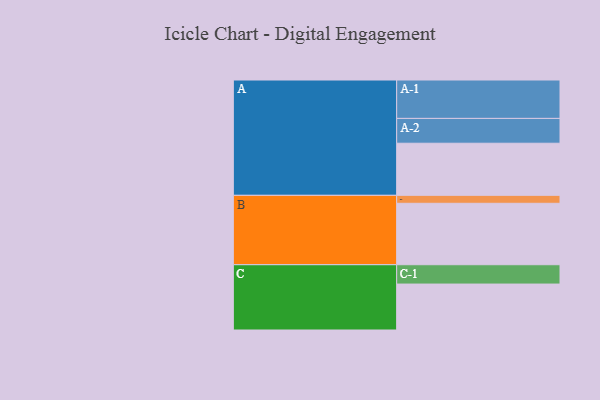
{"axis": {"x": "Segment", "y": "Value"}, "legend": ["", "A", "B", "C"], "data": [{"x": "A", "y": 380, "type": ""}, {"x": "B", "y": 448, "type": ""}, {"x": "C", "y": 335, "type": ""}, {"x": "A-1", "y": 280, "type": "A"}, {"x": "A-2", "y": 181, "type": "A"}, {"x": "B-1", "y": 58, "type": "B"}, {"x": "C-1", "y": 141, "type": "C"}]}